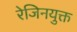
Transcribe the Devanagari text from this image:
रेजिनयुक्त